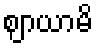
ဈာယာမိ